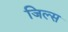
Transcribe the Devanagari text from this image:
जिल्स